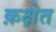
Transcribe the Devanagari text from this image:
क़क्षेत